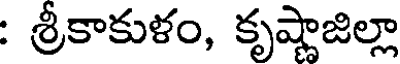
: శ్రీకాకుళం, కృష్ణాజిల్లా